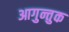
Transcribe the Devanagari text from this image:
आगुन्तुक